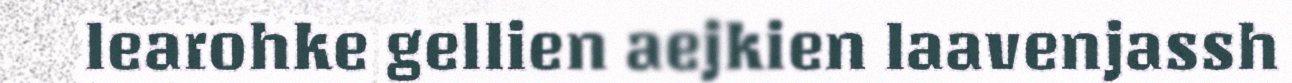
learohke gellien aejkien laavenjassh